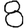
Digit: 8